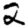
Digit: 2